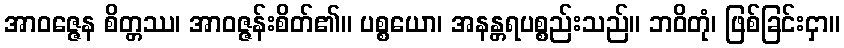
အာဝဇ္ဇေန စိတ္တဿ၊ အာဝဇ္ဇန်းစိတ်၏။ ပစ္စယော၊ အနန္တရပစ္စည်းသည်။ ဘဝိတုံ၊ ဖြစ်ခြင်းငှာ။